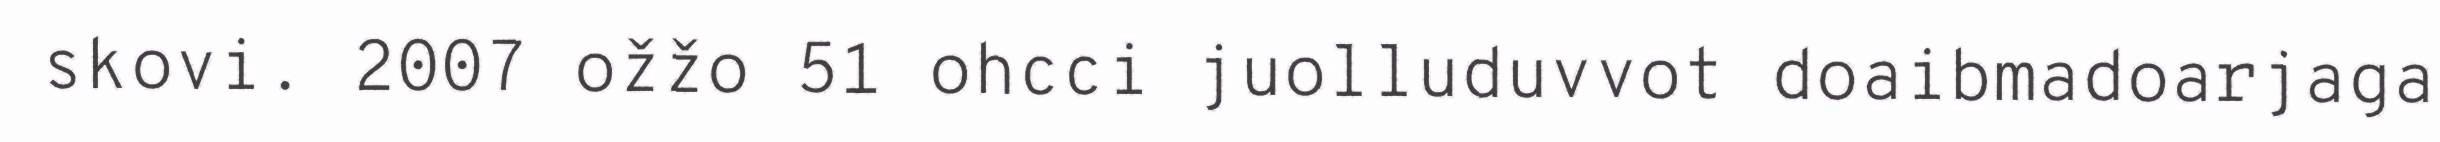
skovi. 2007 ožžo 51 ohcci juolluduvvot doaibmadoarjaga